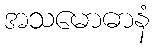
အသမောဓာနံ